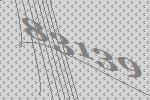
83139